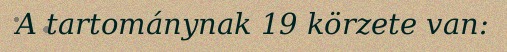
A tartománynak 19 körzete van: